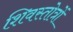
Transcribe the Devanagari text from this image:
शिवस्तोत्रों